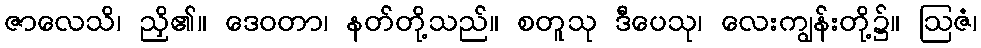
ဇာလေသိ၊ ညှိ၏။ ဒေဝတာ၊ နတ်တို့သည်။ စတူသု ဒီပေသု၊ လေးကျွန်းတို့၌။ ဩဇံ၊